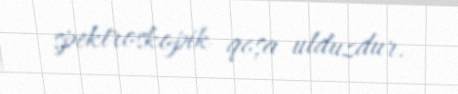
spektroskopik qoşa ulduzdur.